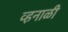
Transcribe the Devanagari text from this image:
व्हनाळी